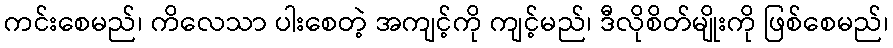
ကင်းစေမည်၊ ကိလေသာ ပါးစေတဲ့ အကျင့်ကို ကျင့်မည်၊ ဒီလိုစိတ်မျိုးကို ဖြစ်စေမည်၊